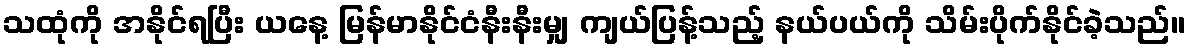
သထုံကို အနိုင်ရပြီး ယနေ့ မြန်မာနိုင်ငံနီးနီးမျှ ကျယ်ပြန့်သည့် နယ်ပယ်ကို သိမ်းပိုက်နိုင်ခဲ့သည်။